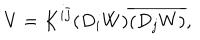
V = K ^ { i \bar { j } } ( D _ { i } W ) \overline { { { ( D _ { j } W ) } } } ,